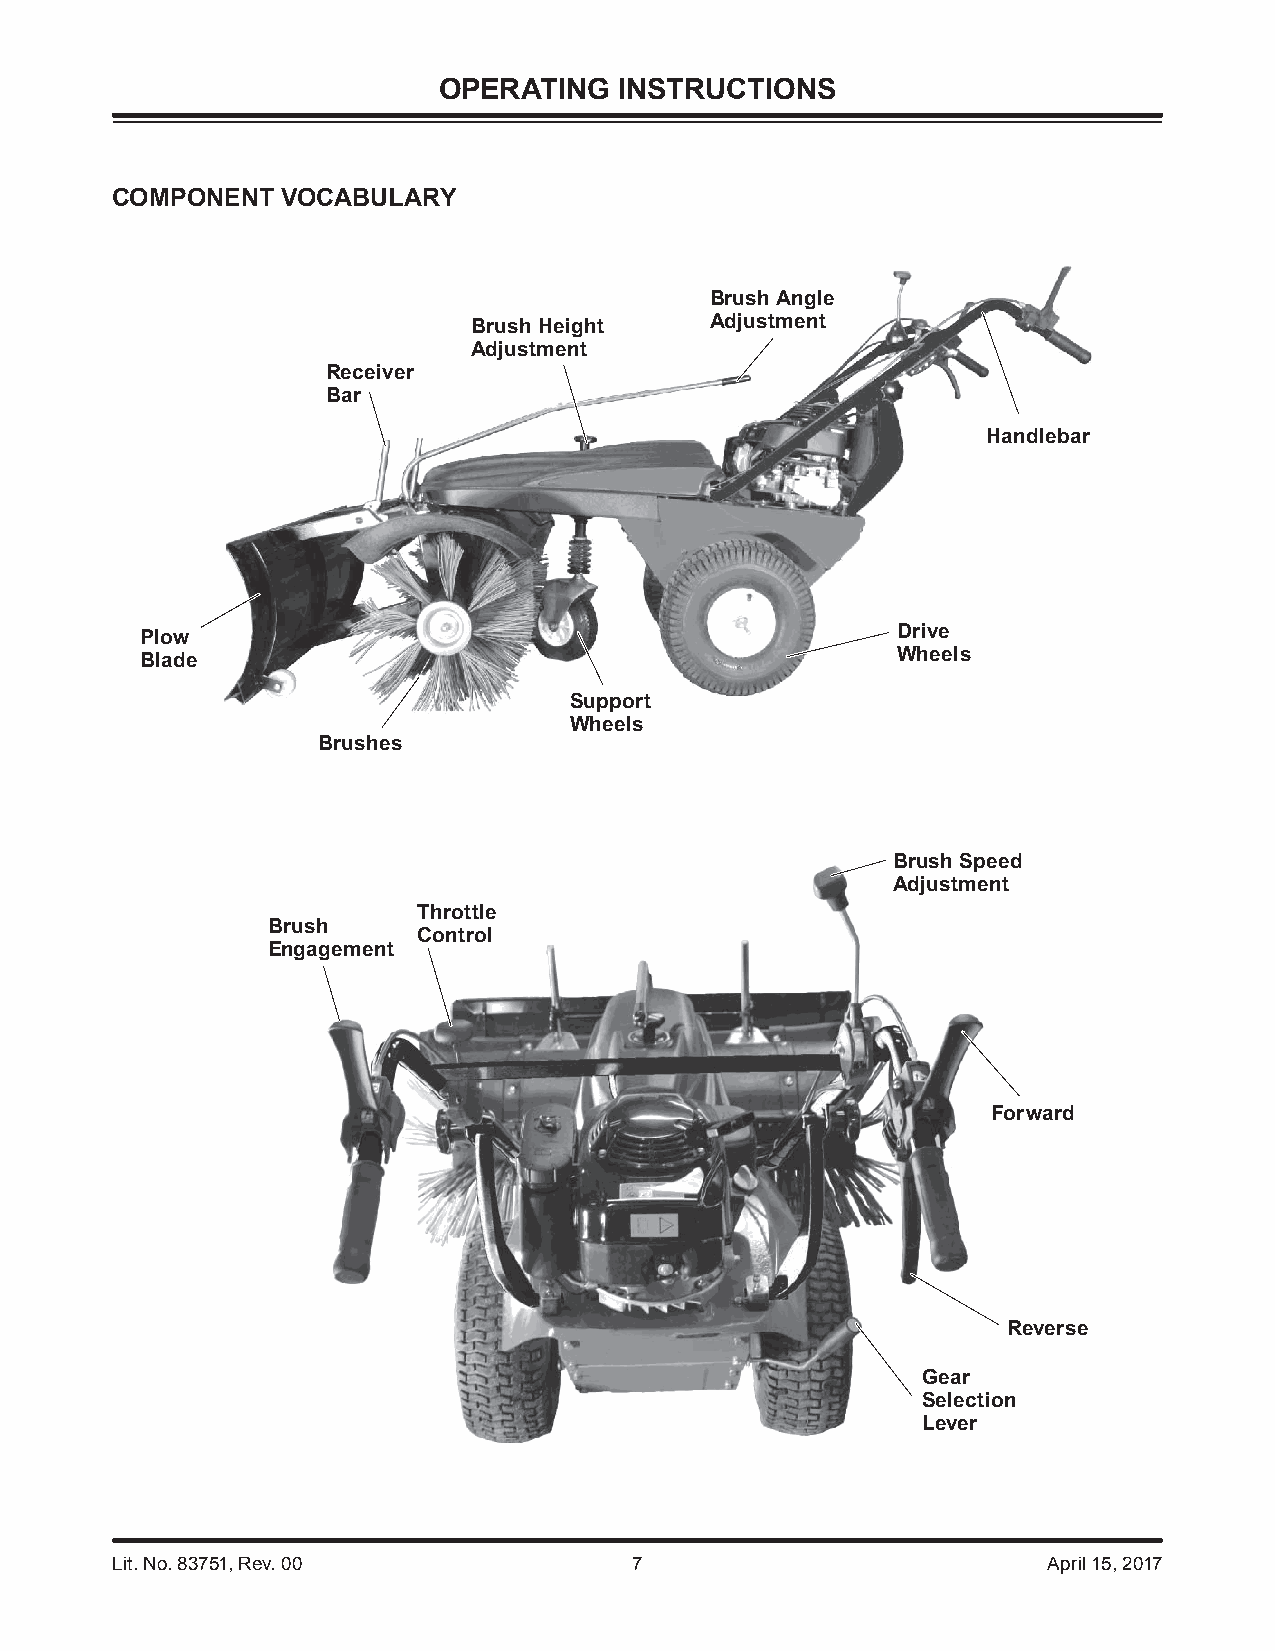
OPERATING   INSTRUCTIONS
 COMPONENT   VOCABULARY
 Brush Angle
 Brush Height    Adjustment
 Adjustment
 Receiver
 Bar
 Handlebar
 Drive
 Plow
 Wheels
 Blade
 Support
 Wheels
 Brushes
 Brush Speed
 Adjustment
 Throttle
 Brush
 Control
 Engagement
 Forward
 Reverse
 Gear
 Selection
 Lever
 Lit. No. 83751, Rev. 00            7                          April 15, 2017